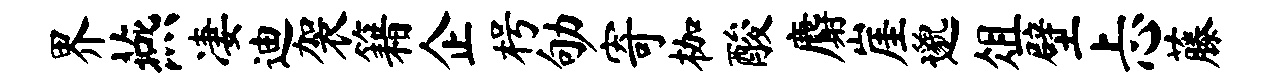
界燕凄迪袈籍企枵劬寄枷酸麝崖邈俎壁忐藤